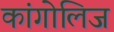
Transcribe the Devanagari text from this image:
कांगोलिज